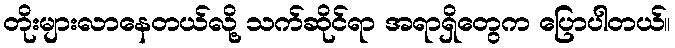
တိုးများလာနေတယ်လို့ သက်ဆိုင်ရာ အရာရှိတွေက ပြောပါတယ်။